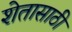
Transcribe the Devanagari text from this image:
शेतासाठी